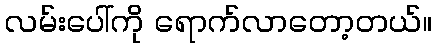
လမ်းပေါ်ကို ရောက်လာတော့တယ်။